画像に写った文字を読んでください
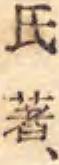
「氏著、」と書いてあります